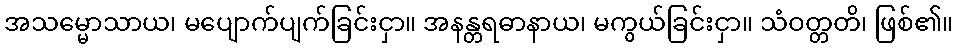
အသမ္မောသာယ၊ မပျောက်ပျက်ခြင်းငှာ။ အနန္တရဓာနာယ၊ မကွယ်ခြင်းငှာ။ သံဝတ္တတိ၊ ဖြစ်၏။